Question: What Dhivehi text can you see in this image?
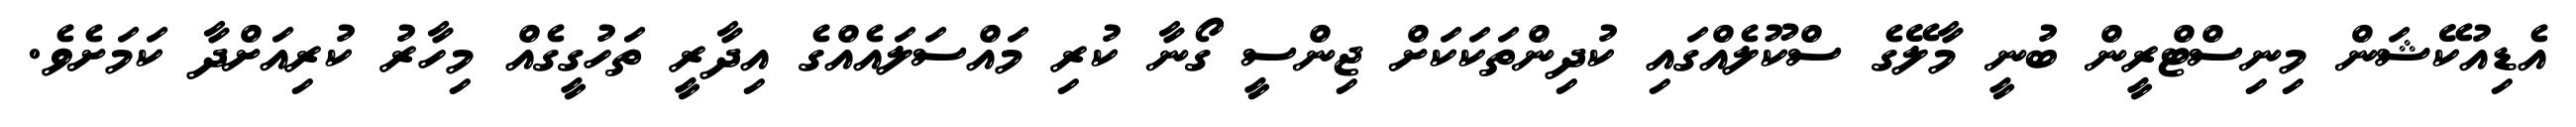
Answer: އެޑިއުކޭޝަން މިނިސްޓްރީން ބުނީ މާލޭގެ ސްކޫލެއްގައި ކުދިންތަކަކަށް ޖިންސީ ގޯނާ ކުރި މައްސަލައެއްގެ އިދާރީ ތަހުގީގެއް މިހާރު ކުރިއަށްދާ ކަމަށެވެ.